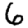
Digit: 6